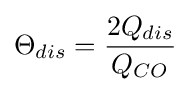
\Theta _{dis}={\frac {2Q_{dis}}{Q_{CO}}}